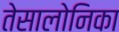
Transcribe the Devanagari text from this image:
तेसालोनिका